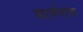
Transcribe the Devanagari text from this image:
कार्यमात्रा